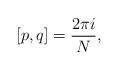
LaTeX: \begin{align*}[p,q]=\frac{2\pi i}{N} , \end{align*}